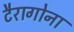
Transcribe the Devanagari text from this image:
टैरागोना